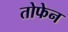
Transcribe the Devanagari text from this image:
तोफेन